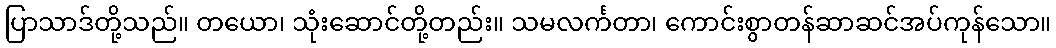
ပြာသာဒ်တို့သည်။ တယော၊ သုံးဆောင်တို့တည်း။ သမလင်္ကတာ၊ ကောင်းစွာတန်ဆာဆင်အပ်ကုန်သော။